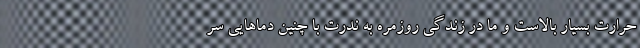
حرارت بسیار بالاست و ما در زندگی روزمره به ندرت با چنین دما‌هایی سر